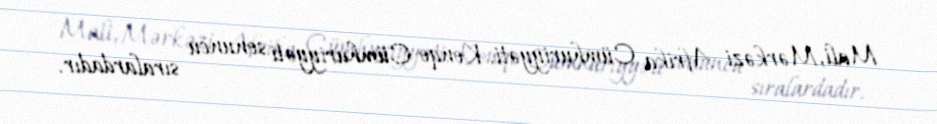
Mali, Mərkəzi Afrika Cümhuriyyəti, Konqo Cümhuriyyəti sonuncu sıralardadır.